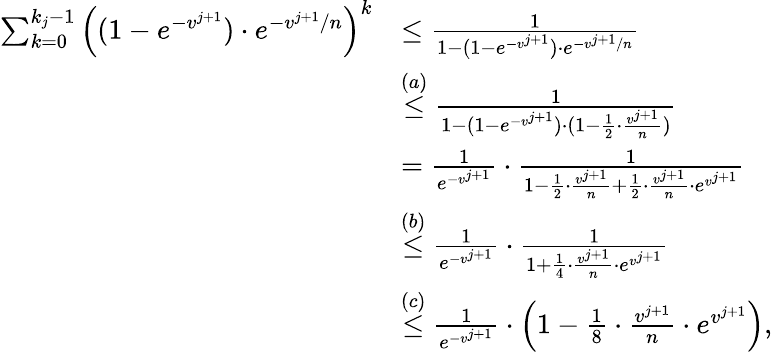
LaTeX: \begin{array}{rl}{\sum_{k=0}^{k_{j}-1}\Big((1-e^{-v^{j+1}})\cdot e^{-v^{j+1}/n}\Big)^{k}}&{\leq\frac{1}{1-(1-e^{-v^{j+1}})\cdot e^{-v^{j+1}/n}}}\\ &{\stackrel{(a)}{\leq}\frac{1}{1-(1-e^{-v^{j+1}})\cdot(1-\frac{1}{2}\cdot\frac{v^{j+1}}{n})}}\\ &{=\frac{1}{e^{-v^{j+1}}}\cdot\frac{1}{1-\frac{1}{2}\cdot\frac{v^{j+1}}{n}+\frac{1}{2}\cdot\frac{v^{j+1}}{n}\cdot e^{v^{j+1}}}}\\ &{\stackrel{(b)}{\leq}\frac{1}{e^{-v^{j+1}}}\cdot\frac{1}{1+\frac{1}{4}\cdot\frac{v^{j+1}}{n}\cdot e^{v^{j+1}}}}\\ &{\stackrel{(c)}{\leq}\frac{1}{e^{-v^{j+1}}}\cdot\Big(1-\frac{1}{8}\cdot\frac{v^{j+1}}{n}\cdot e^{v^{j+1}}\Big),}\end{array}